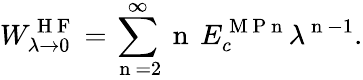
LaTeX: W_{\lambda\to 0}^{\mathrm{~H~F~}}=\sum_{\mathrm{~n~}=2}^{\infty}\mathrm{~n~}\, E_{c}^{\mathrm{~M~P~n~}}\lambda^{\mathrm{~n~}-1}.